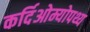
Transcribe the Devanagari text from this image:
कर्दिओम्योपथ्य